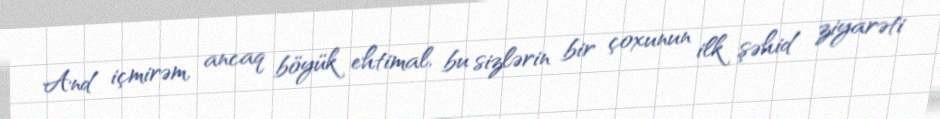
And içmirəm, ancaq böyük ehtimal, bu sizlərin bir çoxunun ilk şəhid ziyarəti